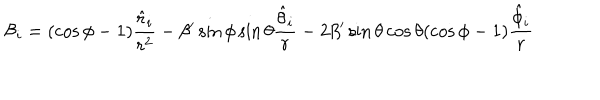
{ \mathcal { B } } _ { i } = ( \cos \phi - 1 ) \frac { \hat { r } _ { i } } { r ^ { 2 } } - \beta ^ { \prime } \sin \phi \sin \theta \frac { \hat { \theta } _ { i } } { r } - 2 \beta ^ { \prime } \sin \theta \cos \theta ( \cos \phi - 1 ) \frac { \hat { \phi } _ { i } } { r }